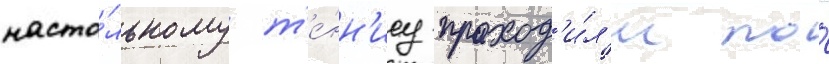
насто́льному т'е́нн'ису проход'и́л'и по́